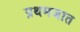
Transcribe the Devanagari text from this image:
प्रथमजात